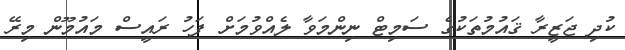
ކުދި ޖަޒީރާ ޤައުމުތަކުގެ ސަމިޓް ނިންމަވާ ލެއްވުމަށް ފަހު ރައީސް މައުމޫން މިރޭ